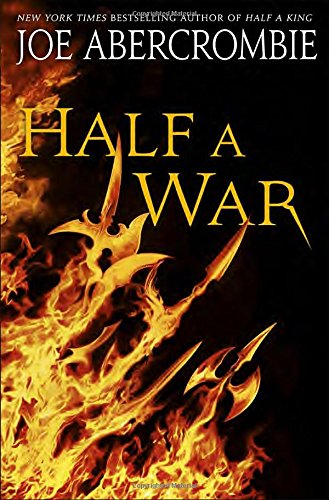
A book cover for Half a War (Shattered Sea); Joe Abercrombie; Science Fiction & Fantasy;